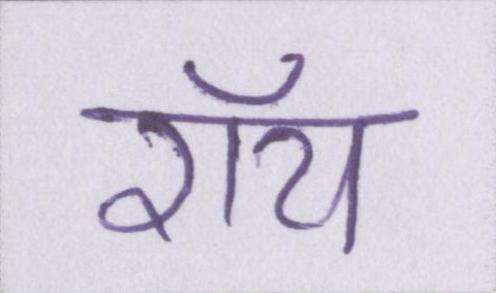
रॉय